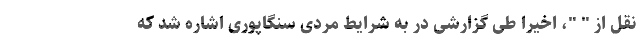
نقل از " "، اخیرا طی گزارشی در به شرایط مردی سنگاپوری اشاره شد که